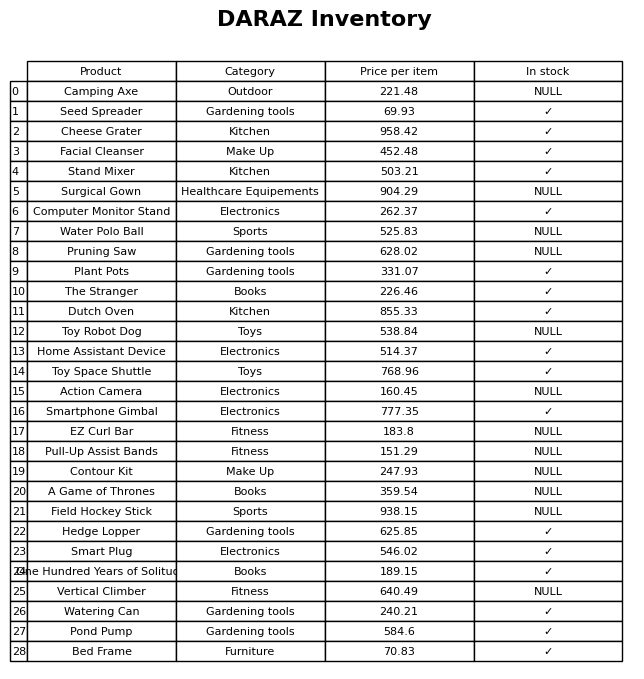
question: What is the price for Pond Pump?
answer: The price of Pond Pump is 584.6.